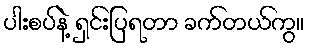
ပါးစပ်နဲ့ ရှင်းပြရတာ ခက်တယ်ကွ။